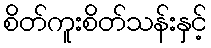
စိတ်ကူးစိတ်သန်းနှင့်